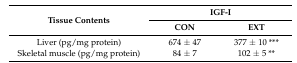
<table><thead><tr><td rowspan="2"><b>Tissue Contents</b></td><td colspan="2"><b>IGF-I</b></td></tr><tr><td><b>CON</b></td><td><b>EXT</b></td></tr></thead><tbody><tr><td>Liver (pg/mg protein)</td><td>674 ± 47</td><td>377 ± 10 ***</td></tr><tr><td>Skeletal muscle (pg/mg protein)</td><td>84 ± 7</td><td>102 ± 5 **</td></tr></tbody></table>